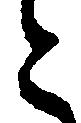
と